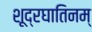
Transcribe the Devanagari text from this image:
शूद्रघातिनम्